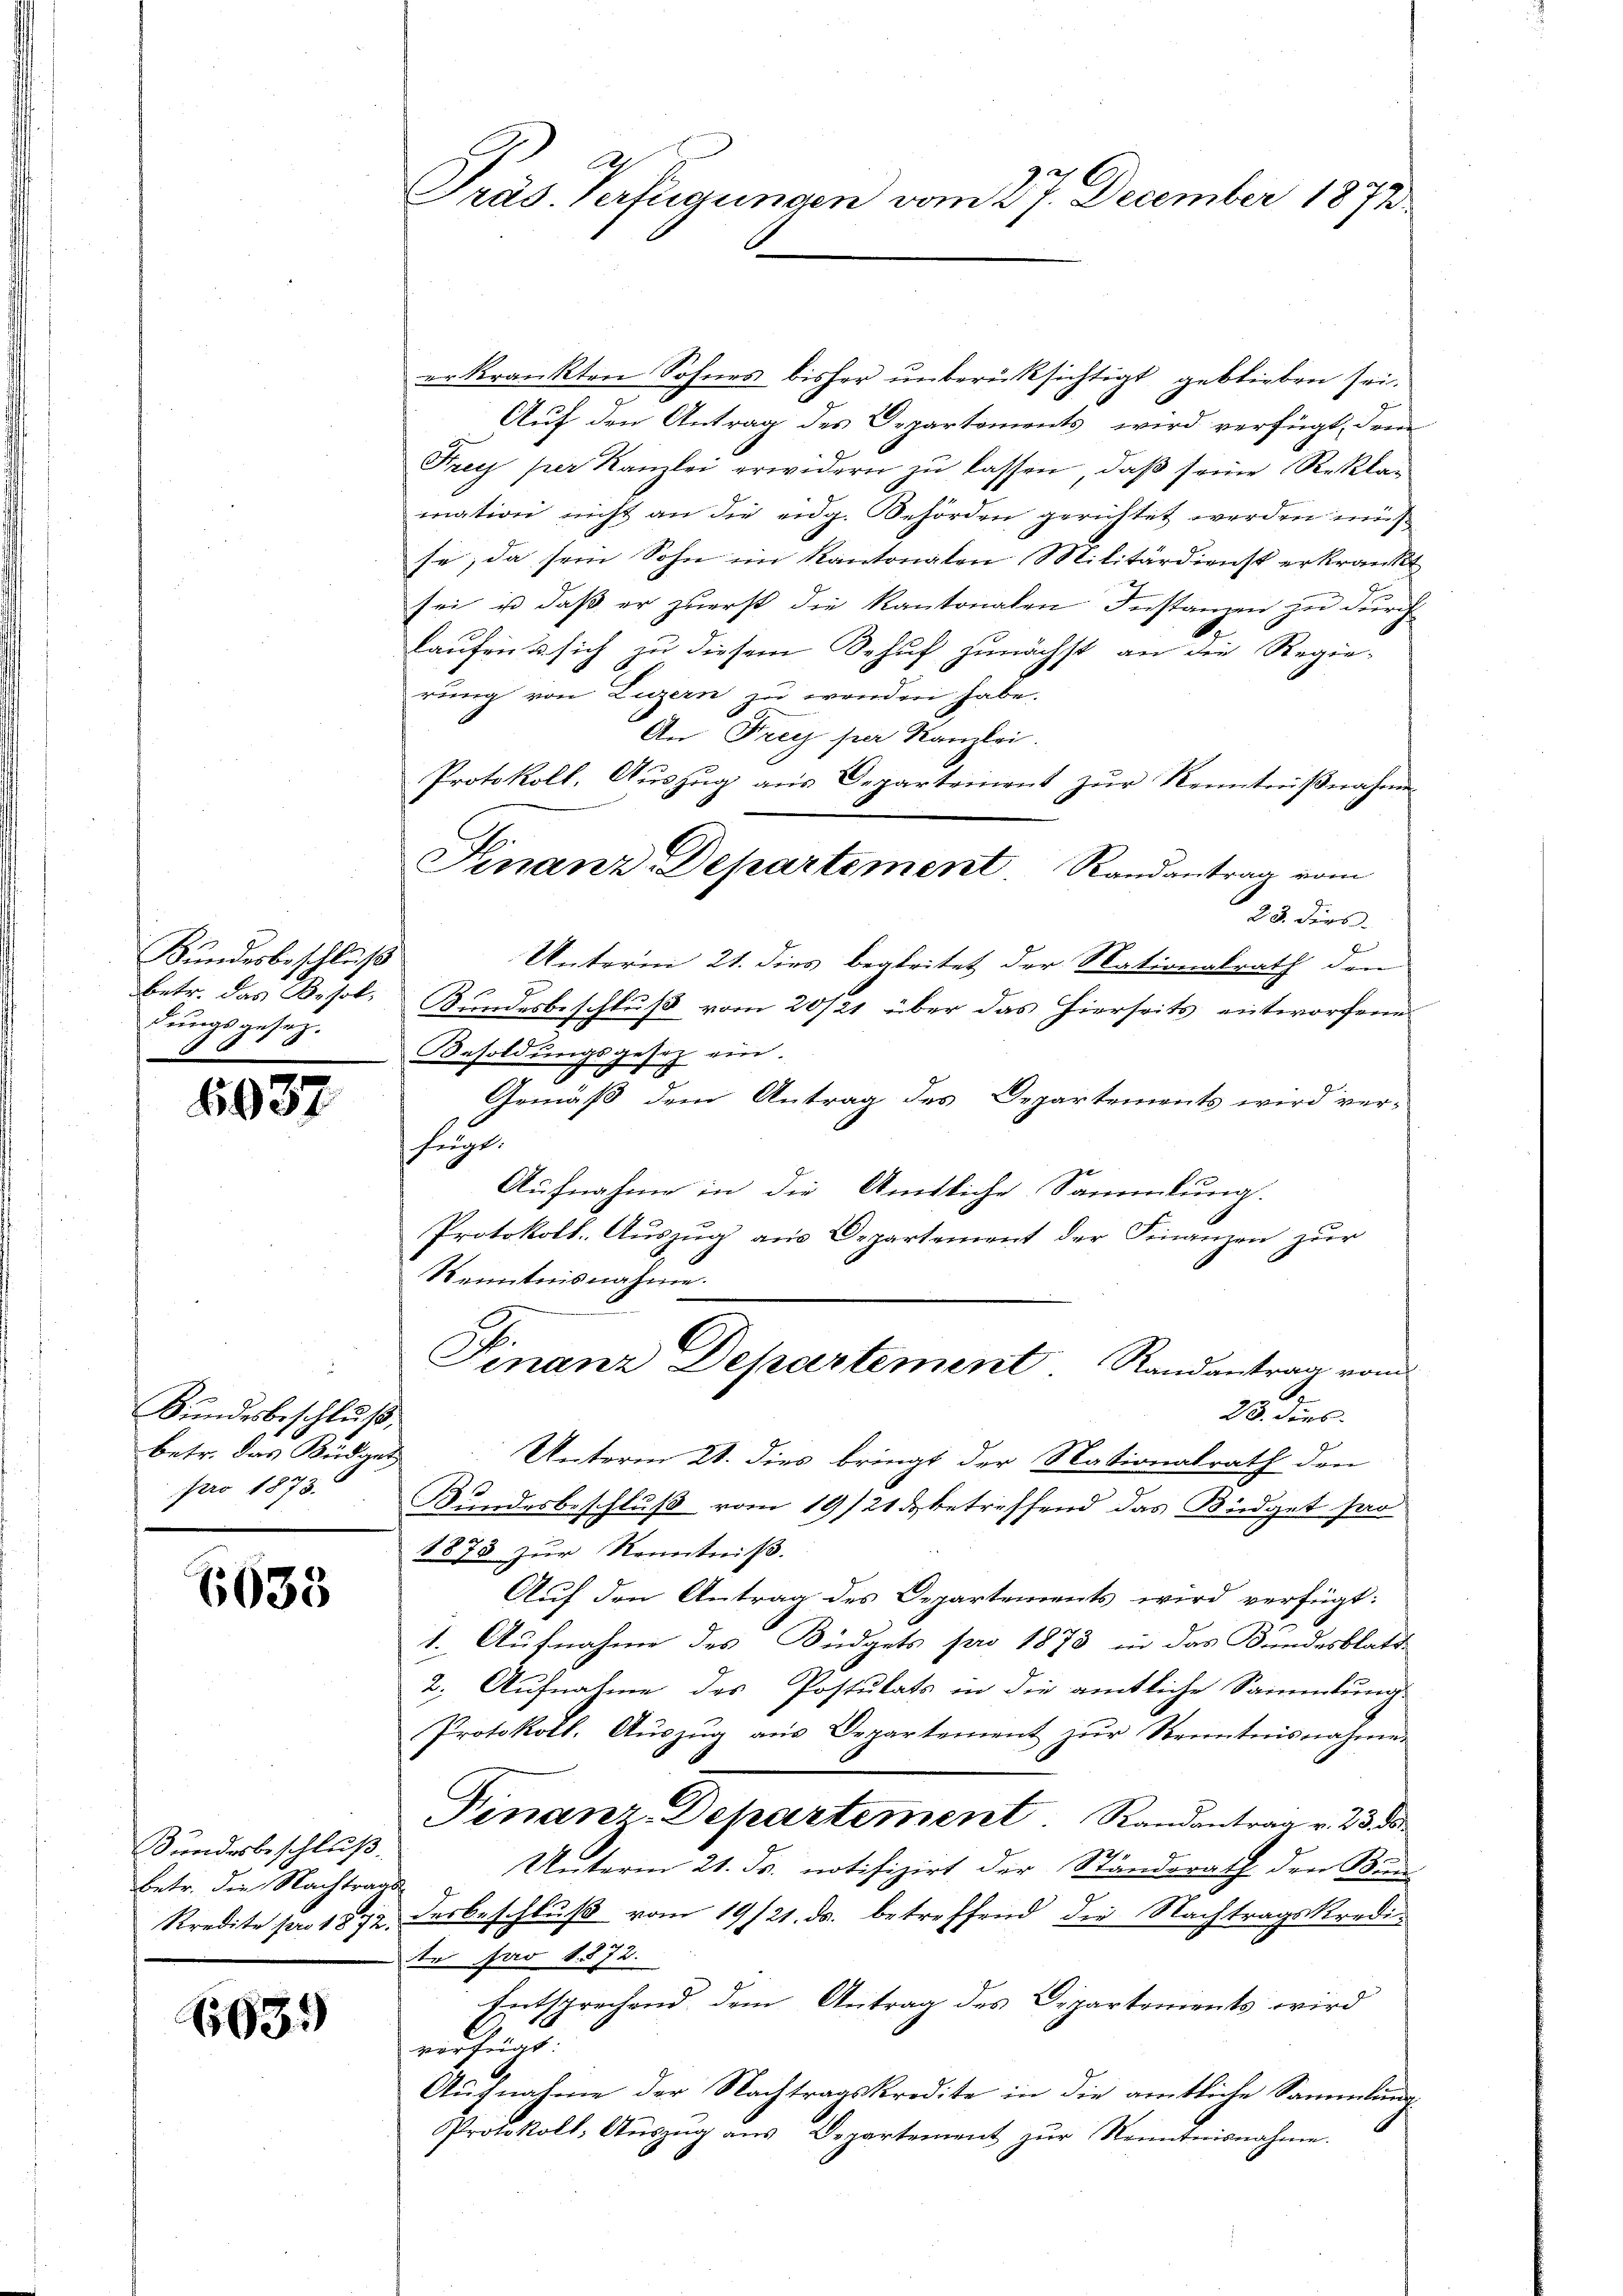
Bundesbeschluß
betr. das Besol
dungsgesez.

6937

Bundesbeschluß,
betr. das Büdget
pro 1873.

6633

Bundesbeschluß.
betr. die Nachtrage

693.

erkrankten Sohnes bisher unberücksichtigt, geblieben sei.
Auf den Antrag des Departements, wird verfügt, dem
Frey per Kanzlei erwidern zŭ lassen, daβ seine Reklag
mation nicht an die eidg. Behörden gerichtet werden muß
se; da sein Sohn im Kantonalen Militärdienst erkrankt
sei ist daß er zuerst die Kantonalen Instanzen zu durch
kaufen u sich zu diesem Schuf zunächst an die Regie-
rung von Luzern zu wenden habe.
An Frey per Kanzlei.
Protokoll, Auszug aus Departement zur Kenntnißnahmen
Finanz-Departement. Randantrag vom
23. dies
Unterm 21. dies begleitet der Nationalrath den
a
Bundesbeschluß vom 20/21 über das hierseits entworfene
Besoldungsgesetz ein.
Gemäß dem Antrag des Departements wird ver-
fügt:
Aufnahme in die Amtliche Sammlung.
Protokoll. Auszug aus Departement der Finanzen zur
Kenntnisnahme.
G.

Präs. Verfügungen vom 27. December 1872.

Finanz Departement. Randantrag vom
A.
23. ders.

Unterm 21. dies bringt der Nationalrath den
Bundesbeschluß vom 19/21 & betreffend das Büdget san
1878 zŭr Kenntniß.
Auf den Antrag des Departements wird verfügt:
1. Aufnahme des Büdgets pro 1873 in das Bundesblatt-
2. Aufnahme des Postulats in die amtliche Sammlung
Protokoll. Aŭszŭg aŭs Departement zŭr Kenntnisnahme.
Finanz-Departement. Randantrag v. 23. ds.
Unterm 21. ds. notifizirt der Standerath den Bun
Kredite pro 1872 des beschluß vom 19/21. ds. betreffend die Nachtragskredite pro 1872.
Entsprechend dem Antrag des Departements wird
verfügt:
Aufnahme der Nachtragskredite in die amtliche Sammlun
Protokoll, Aŭszŭg aŭs Departement zŭr Kenntnisnahme.